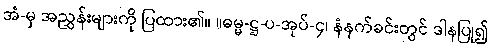
အံ-မှ အညွှန်းများကို ပြထား၏။ ။ဓမ္မ-ဋ္ဌ-ပ-အုပ်-၄၊ နံနက်ခင်းတွင် ဒါနပြု၍